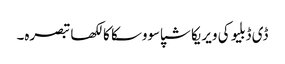
ڈی ڈبلیو کی ویریکا شپاسووسکا کا لکھا تبصرہ۔